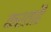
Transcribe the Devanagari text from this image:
करताहै